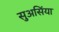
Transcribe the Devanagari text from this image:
सुअसिंया